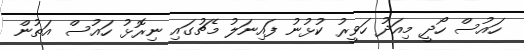
ހައުސް ހޯދީ މިއަދު ހަވީރު ކުޅުނު ފައިނަލު މެޗުގައި ނިރޮޅު ހައުސް އަތުން